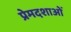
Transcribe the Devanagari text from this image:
प्रेमदशाओं